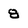
Character: 8